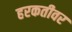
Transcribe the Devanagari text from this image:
हरकतीवर